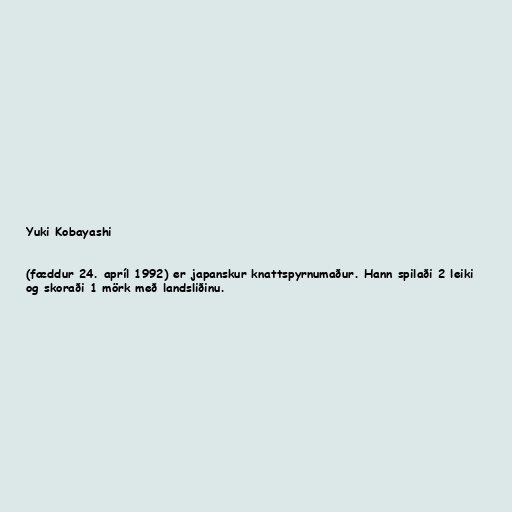
Yuki Kobayashi

(fæddur 24. apríl 1992) er japanskur knattspyrnumaður. Hann spilaði 2 leiki
og skoraði 1 mörk með landsliðinu.